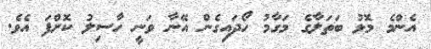
އެންމެ މޮޅު ބަތަލާގެ މަގާމު ހޯދައިގެން އޭނާ ވަނީ ހާސިލު ކޮށްފަ އެވެ.